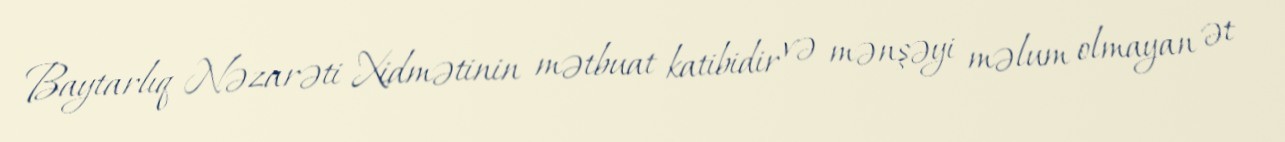
Baytarlıq Nəzarəti Xidmətinin mətbuat katibidir və mənşəyi məlum olmayan ət